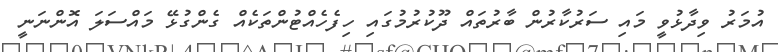
އުމަރު ވިދާޅުވީ މައި ސަރުކާރުން ބާރުތައް ދޫކުރުމުގައި ހިފެހެއްޓުންތަކެއް ގެންގުޅޭ މައްސަލަ އޮންނަނީ